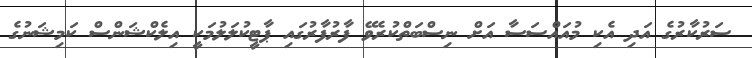
ސަރުކާރުގެ އަދި އެކި މުއައްސަސާ އަށް ނިސްބަތްކުރެވޭ ފާރުފާރުގައި ޕާޓީކުލަލުމަކީ އިލެކްޝަންސް ކަމިޝަނުގެ